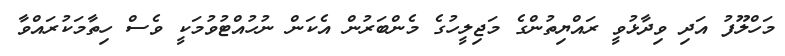
މަހްލޫފު އަދި ވިދާޅުވީ ރައްޔިތުންގެ މަޖިލީހުގެ މެންބަރުން އެކަން ނުހުއްޓުވުމަކީ ވެސް ހިތާމަކުރައްވާ